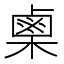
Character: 𭫪